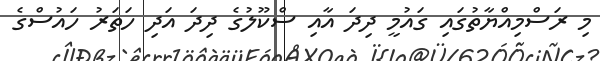
މި ރަސްމިއްޔާތުގައި ގައުމީ ދިދަ އާއި ސްކޫލުގެ ދިދަ އަދި ހަތަރު ހައުސްގެ